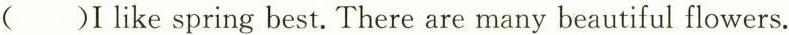
( )I like spring best. There are many beautiful flowers.